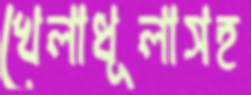
খেলাধূলাসহ